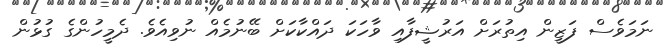
ނަމަވެސް ފަޒީން އިތުރަށް އަރުޝީފާއި ވާހަކަ ދައްކާކަށް ބޭނުމެއް ނުވިއެވެ. ދެމީހުންގެ ގުޅުން